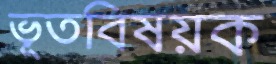
ভূতবিষয়ক